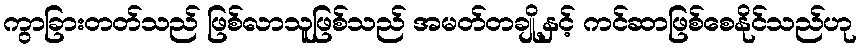
ကွာခြားတတ်သည် ဖြစ်လာသူဖြစ်သည် အမတ်တချို့နှင့် ကင်ဆာဖြစ်စေနိုင်သည်ဟု